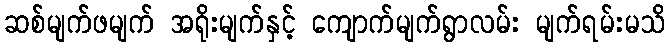
ဆစ်မျက်ဖမျက် အရိုးမျက်နှင့် ကျောက်မျက်ရွာလမ်း မျက်ရမ်းမသိ